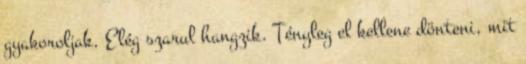
gyakoroljak. Elég szarul hangzik. Tényleg el kellene dönteni, mit